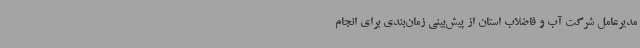
مدیرعامل شرکت آب و فاضلاب استان از پیش‌بینی زمان‌بندی برای انجام